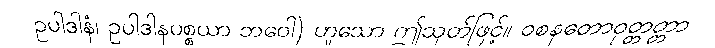
ဥပါဒါနံ၊ ဥပါဒါနပစ္စယာ ဘဝေါ) ဟူသော ဤသုတ်ဖြင့်။ ဝစနတောဝုတ္တတ္တာ